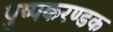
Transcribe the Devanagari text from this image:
पुष्पकरण्डक